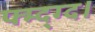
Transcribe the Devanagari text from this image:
फ्म्द्ग्द।